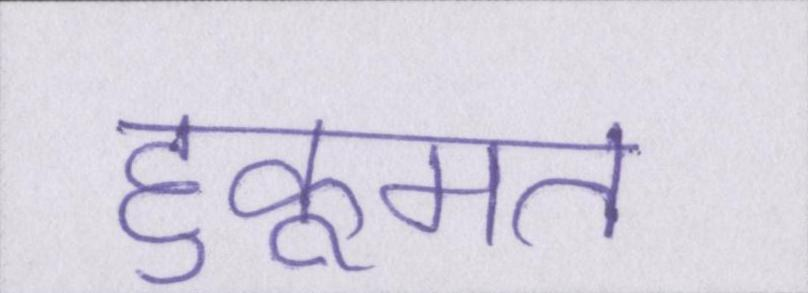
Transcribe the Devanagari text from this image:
हुकूमत